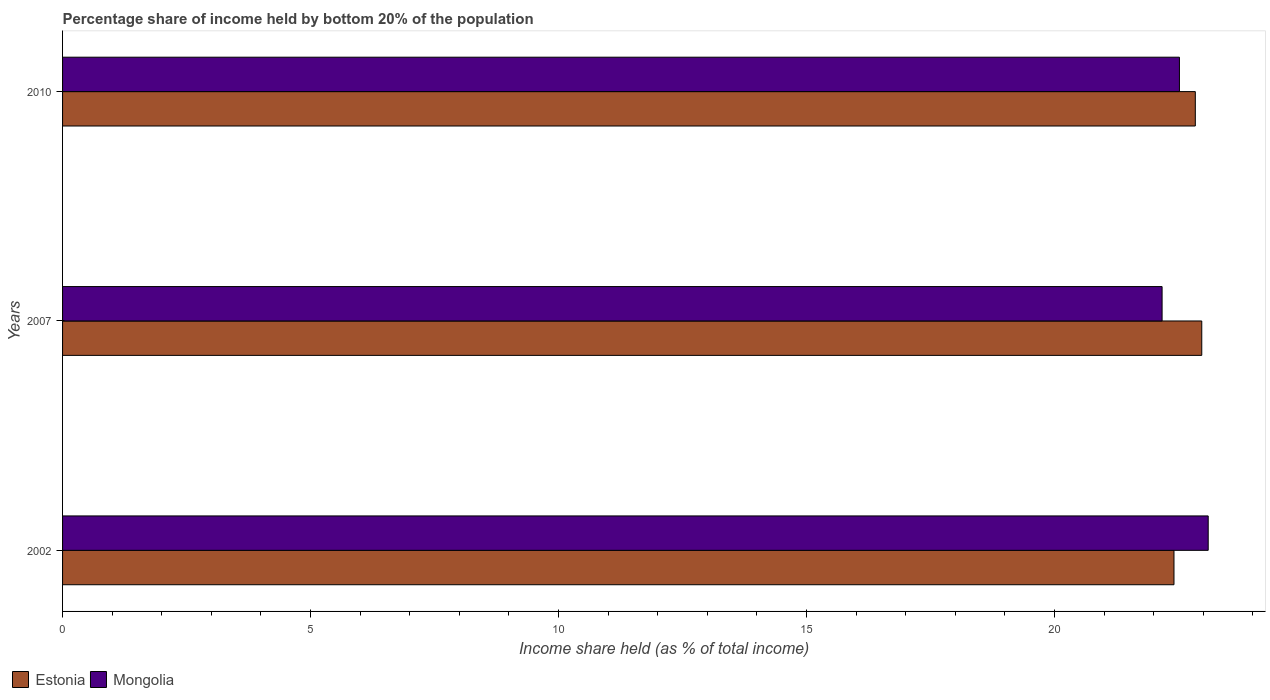
| Years | Estonia | Mongolia |
 | --- | --- | --- |
 | 2002 | 22.4 | 23.1 |
 | 2007 | 23 | 22.2 |
 | 2010 | 22.8 | 22.5 |